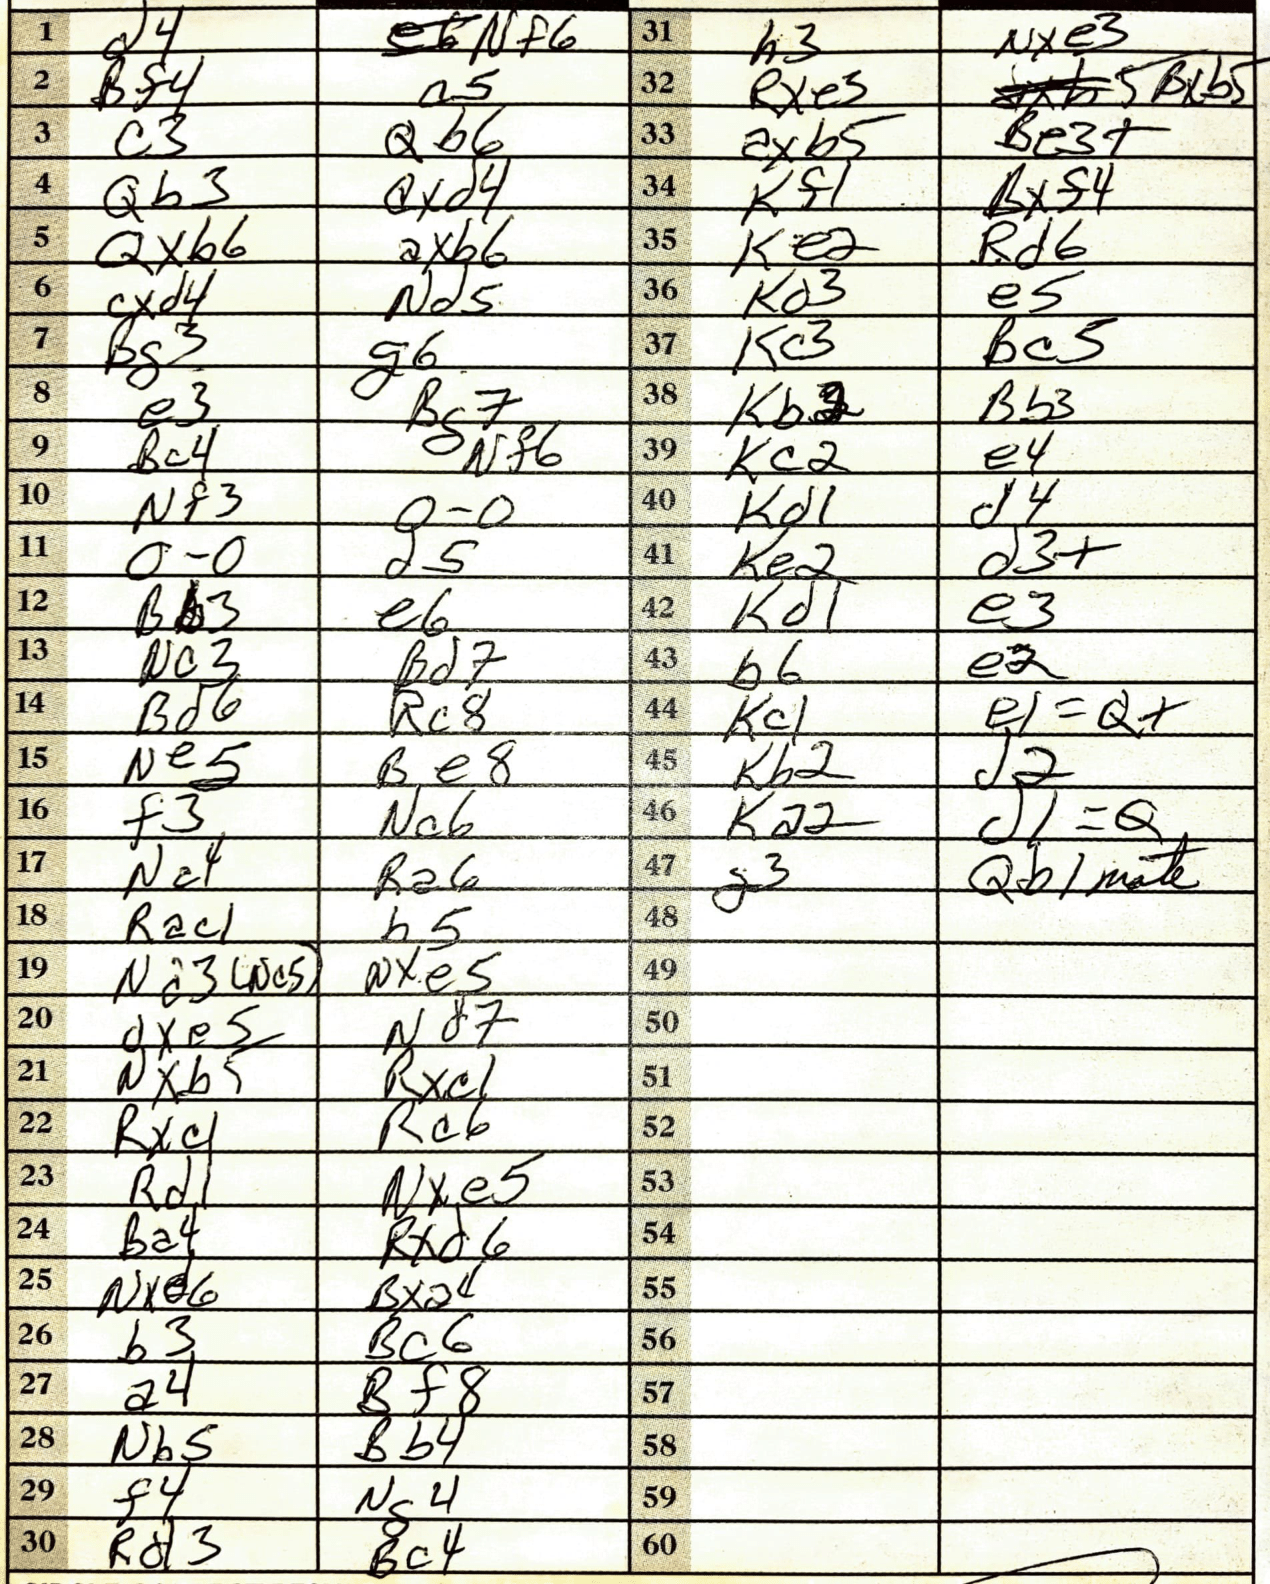
Moves: d4 Nf6 Bf4 a5 c3 Qb6 Qb3 Qxd4 Qxb6 axb6 cxd4 Nd5 Bg3 g6 e3 Bg7 Bc4 Nf6 Nf3 O-O O-O d5 Bb3 e6 Nc3 Bd7 Bd6 Rc8 Ne5 Be8 f3 Nc6 Nc4 Ra6 Rac1 b5 Nxe5 dxe5 Nd7 Nxb5 Rxc1 Rxc1 Rc6 Rd1 Nxe5 Ba4 Rxd6 Nxd6 Bxa4 b3 Bc6 a4 Bf8 Nb5 Bb4 f4 Ng4 Rd3 Bc4 h3 Nxe3 Rxe5 Bxb5 axb5 Be3+ Kf1 Bxf4 Ke2 Rd6 Kd3 e5 Kc3 Bc5 Kb2 Bb3 Kc2 e4 Kd1 d4 Ke2 d3+ Kd1 e3 b6 e2 Kc1 e1=Q+ Kb2 d2 Ka2 d1=Q g3